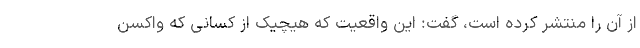
از آن را منتشر کرده است، گفت: این واقعیت که هیچیک از کسانی که واکسن